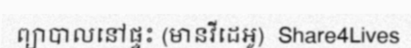
ព្យាបាលនៅផ្ទះ (មានវីដេអូ)  Share4Lives